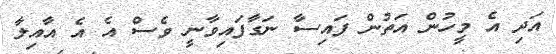
އަދި އެ މީހުން އަތުން ފައިސާ ނަގާފައިވާނީ ވެސް އެ އެ އާއިލާ